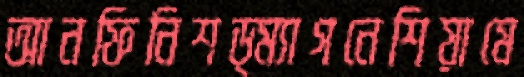
আনফিনিশড্ম্যাগনেশিয়ামে